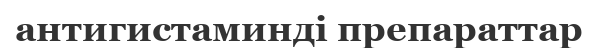
антигистаминді препараттар